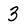
Character: 3